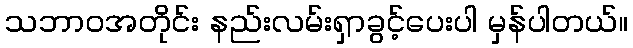
သဘာဝအတိုင်း နည်းလမ်းရှာခွင့်ပေးပါ မှန်ပါတယ်။